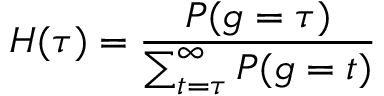
H ( \tau ) = \frac { P ( g = \tau ) } { \sum _ { t = \tau } ^ { \infty } P ( g = t ) }